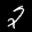
Label: 2